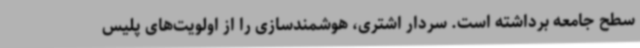
سطح جامعه برداشته است. سردار اشتری، هوشمندسازی را از اولویت‌های پلیس